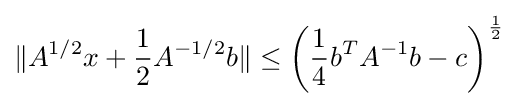
\lVert A^{1/2}x+{\frac {1}{2}}A^{-1/2}b\rVert \leq \left({\frac {1}{4}}b^{T}A^{-1}b-c\right)^{\frac {1}{2}}